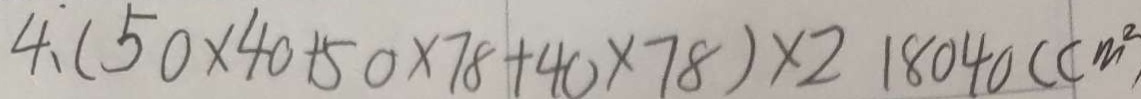
4 . ( 5 0 \times 4 0 + 5 0 \times 7 8 + 4 0 \times 7 8 ) \times 2 1 8 0 4 0 ( c m ^ { 2 }